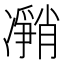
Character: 𰄎